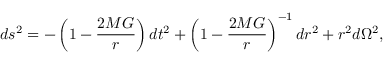
d s ^ { 2 } = - \left( 1 - \frac { 2 M G } { r } \right) d t ^ { 2 } + \left( 1 - \frac { 2 M G } { r } \right) ^ { - 1 } d r ^ { 2 } + r ^ { 2 } d \Omega ^ { 2 } ,